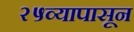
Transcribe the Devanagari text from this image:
२५व्यापासून